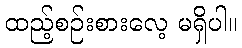
ထည့်စဉ်းစားလေ့ မရှိပါ။